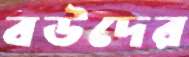
বউদের